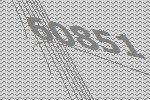
60851